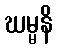
ဃမ္မနိ